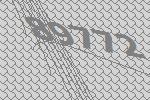
89772